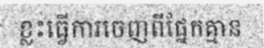
ខ្លះធ្វើការចេញពីផ្នែកគ្មាន